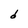
Character: d